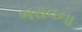
ભરાવના